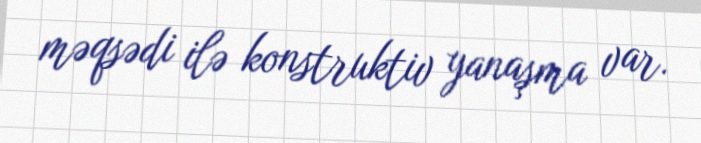
məqsədi ilə konstruktiv yanaşma var.